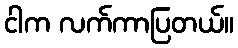
ငါက လက်ကာပြတယ်။